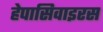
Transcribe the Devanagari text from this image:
हेपासिवाइरस